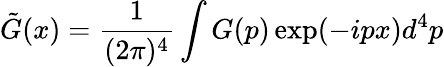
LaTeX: \tilde{G}(x)=\frac{1}{(2\pi)^{4}}\int G(p)\exp(-ipx)d^{4}p